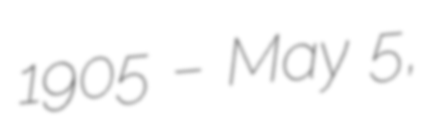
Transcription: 1905 – May 5,